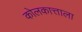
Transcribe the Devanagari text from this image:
कोलकात्ताला